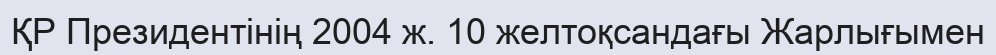
ҚР Президентінің 2004 ж. 10 желтоқсандағы Жарлығымен